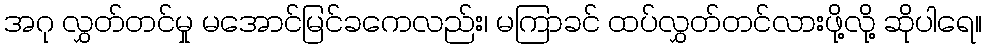
အဂု လွှတ်တင်မှု မအောင်မြင်ခကေလည်း၊ မကြာခင် ထပ်လွှတ်တင်လားဖို့လို့ ဆိုပါရေ။